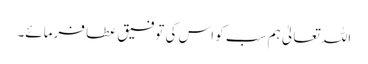
اللہ تعالیٰ ہم سب کو اس کی توفیق عطا فرمائے۔